Calcutta medical institutions reports 1892-1900
Year: 1892
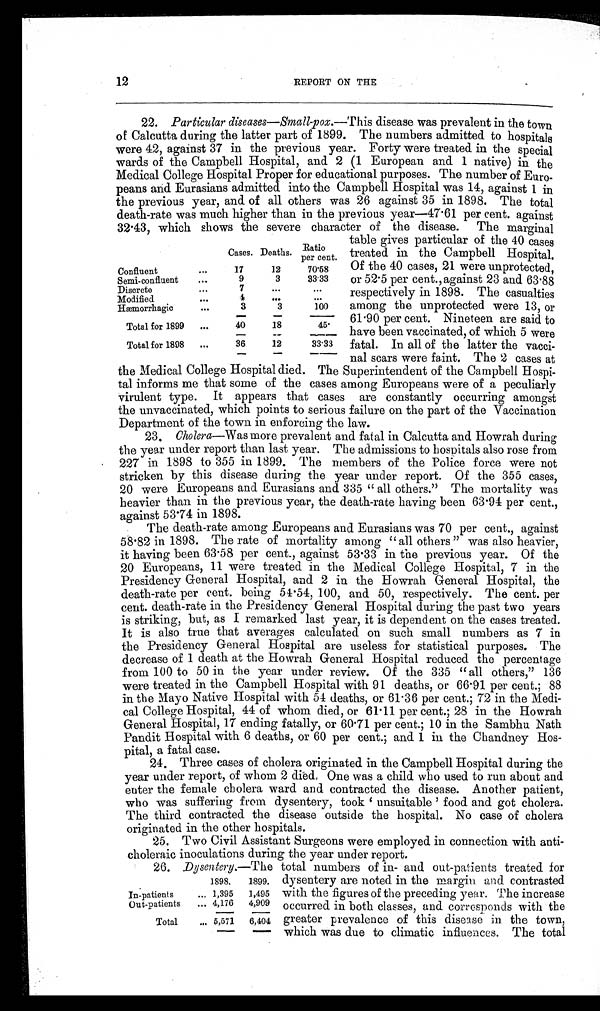
12
REPORT ON THE
22. Particular diseases—Small-pox.— T h i s
d i s e a s e w a s p r e v a l e n t i n t h e t o w n
of Calcutta during the latter part of 1899. The numbers admitted to hospitals
were 42, against 37 in the previous year. Forty were treated in the special
wards of the Campbell Hospital, and 2 (1 European and 1 native) in the
Medical College Hospital Proper for educational purposes. The number of Euro-
peans and Eurasians admitted into the Campbell Hospital was 14, against 1 in
the previous year, and of all others was 26 against 35 in 1898. The total
death-rate was much higher than in the previous year—47.61 per cent. against
32.43, which shows the severe character of the disease. The marginal
Cases. Deaths. Ratio
per cent.
Confluent
...
17
12
70.58
Semi-confluent
...
9
3
33.33
Discrete
...
7
... ...
Modified
...
4
... ...
Hæmorrhagic
...
3
3
100
Total for 1899
...
40
18
45.
Total for 1898
...
36
12
33.33
table gives particular of the 40 cases
treated in the Campbell Hospital.
Of the 40 cases, 21 were unprotected,
or 52.5 per cent., against 23 and 63.88
respectively in 1898. The casualties
among the unprotected were 13, or
61.90 per cent. Nineteen are said to
have been vaccinated, of which 5 were
fatal. In all of the latter the vacci-
nal scars were faint. The 2 cases at
the Medical College Hospital died. The Superintendent of the Campbell Hospi-
tal informs me that some of the cases among Europeans were of a peculiarly
virulent type. It appears that cases are constantly occurring amongst
the unvaccinated, which points to serious failure on the part of the Vaccination
Department of the town in enforcing the law.
23. Cholera— Was more prevalent and fatal in Calcutta and Howrah during
the year under report than last year. The admissions to hospitals also rose from
227 in 1898 to 355 in 1899. The members of the Police force were not
stricken by this disease during the year under report. Of the 355 cases,
20 were Europeans and Eurasians and 335 "all others." The mortality was
heavier than in the previous year, the death-rate having been 63.94 per cent.,
against 53.74 in 1898.
The death-rate among Europeans and Eurasians was 70 per cent., against
58. 82 in 1898. The rate of mortality among "all others" was also heavier,
it having been 63.58 per cent., against 53.33 in the previous year. Of the
20 Europeans, 11 were treated in the Medical College Hospital, 7 in the
Presidency General Hospital, and 2 in the Howrah General Hospital, the
death-rate per cent. being 54.54, 100, and 50, respectively. The cent. per
cent. death-rate in the Presidency General Hospital during the past two years
is striking, but, as I remarked last year, it is dependent on the cases treated.
It is also true that averages calculated on such small numbers as 7 in
the Presidency General Hospital are useless for statistical purposes. The
decrease of 1 death at the Howrah General Hospital reduced the percentage
from 100 to 50 in the year under review. Of the 335 "all others," 136
were treated in the Campbell Hospital with 91 deaths, or 66.91 per cent.; 88
in the Mayo Native Hospital with 54 deaths, or 61 . 36 per cent.; 72 in the Medi-
cal College Hospital, 44 of whom died, or 61 . 11 per cent.; 28 in the Howrah
General Hospital, 17 ending fatally, or 60 .71 per cent.; 10 in the Sambhu Nath
Pandit Hospital with 6 deaths, or 60 per cent.; and 1 in the Chandney Hos-
pital, a fatal case.
24. Three cases of cholera originated in the Campbell Hospital during the
year under report, of whom 2 died, One was a child who used to run about and
enter the female cholera ward and contracted the disease. Another patient,
who was suffering from dysentery, took 'unsuitable' food and got cholera.
The third contracted the disease outside the hospital. No case of cholera
originated in the other hospitals.
25. Two Civil Assistant Surgeons were employed in connection with anti-
choleraic inoculations during the year under report.
26. Dysentery.—The total numbers of in- and out-patie nts treated for
1898.
1899.
In-patients
... 1,395
1,495
Out-patients
. . . 4,176
4,909
Total
. . . 5,571
6,404
dysentery are noted in the margin and contrasted
with the figures of the preceding year. The increase
occurred in both classes, and corresponds with the
greater prevalence of this disease in the town,
which was due to climatic influences. The total